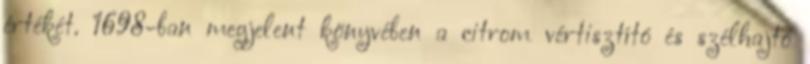
értékét. 1698-ban megjelent könyvében a citrom vértisztító és szélhajtó